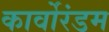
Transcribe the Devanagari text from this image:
कार्वोरंडम